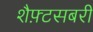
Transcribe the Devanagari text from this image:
शैफ़्टसबरी